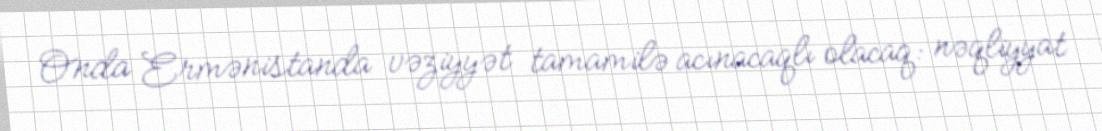
Onda Ermənistanda vəziyyət tamamilə acınacaqlı olacaq: nəqliyyat